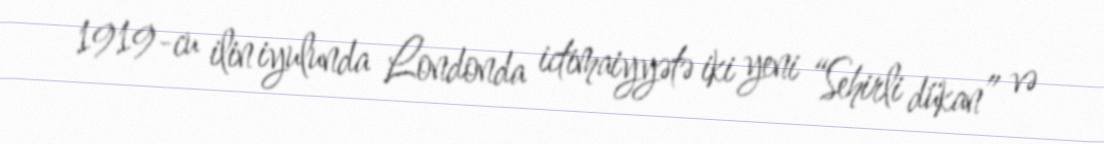
1919-cu ilin iyulunda Londonda ictimaiyyətə iki yeni “Sehirli dükan” və